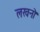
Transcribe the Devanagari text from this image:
लखनो